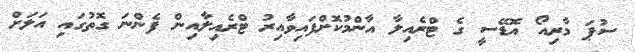
ސުޕަ މާރިއޯ އޮޑޭސީ ގެ ޓްރެއިލާ އާންމުކޮށްފައިވާއިރު ޓްރެއިލާއިން ފެންނަ ގޮތުގައި އަލަށް